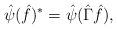
LaTeX: \begin{align*}\hat{\psi}(\hat{f})^* =\hat{\psi}(\hat{\Gamma}\hat{f}),\end{align*}